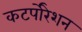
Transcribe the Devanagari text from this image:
कटर्पोरेशन